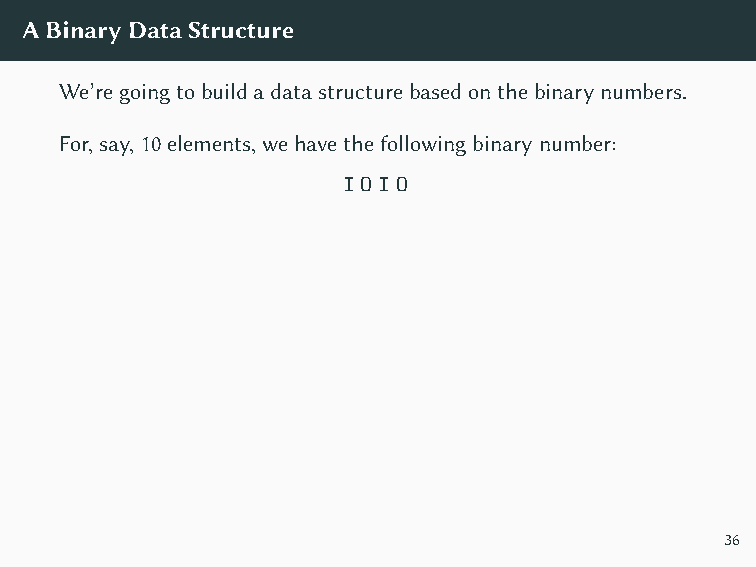
Thisnumbertellsushowtoarrange10elementsintoperfecttrees.
 ⊕         ⊕
 ⊕          ⊕  9  10
 ⊕    ⊕     ⊕    ⊕
 1 2  3  4  5  6 7  8
 ABinaryDataStructure
 We’regoingtobuildadatastructurebasedonthebinarynumbers.
 For,say,10elements,wehavethefollowingbinarynumber:
 IOIO
 36